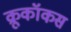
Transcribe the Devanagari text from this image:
क्रूकॉकस